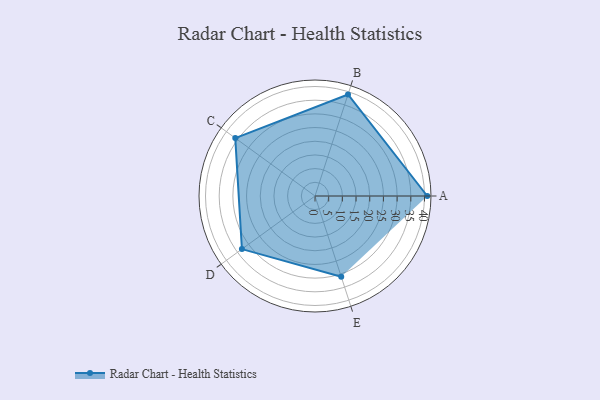
{"axis": {"x": "Skill", "y": "Score"}, "legend": ["Profile"], "data": [{"x": "A", "y": 41.0, "type": "Profile"}, {"x": "B", "y": 39.0, "type": "Profile"}, {"x": "C", "y": 36.0, "type": "Profile"}, {"x": "D", "y": 33.0, "type": "Profile"}, {"x": "E", "y": 31.0, "type": "Profile"}]}